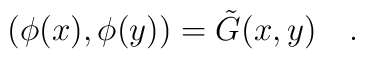
(\phi(x),\phi(y))=\tilde{G}(x,y)~~~.